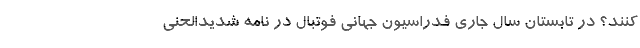
کنند؟ در تابستان سال جاری فدراسیون جهانی فوتبال در نامه شدیدالحنی